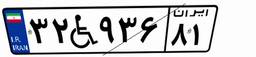
۳۹W۱۶۰۵۳